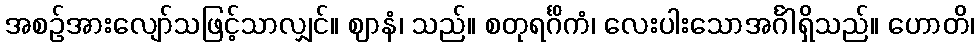
အစဉ်အားလျော်သဖြင့်သာလျှင်။ ဈာနံ၊ သည်။ စတုရင်္ဂိကံ၊ လေးပါးသောအင်္ဂါရှိသည်။ ဟောတိ၊